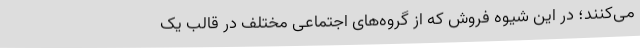
می‌کنند؛ در این شیوه فروش که از گروه‌های اجتماعی مختلف در قالب یک